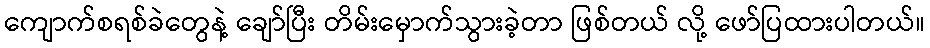
ကျောက်စရစ်ခဲတွေနဲ့ ချော်ပြီး တိမ်းမှောက်သွားခဲ့တာ ဖြစ်တယ် လို့ ဖော်ပြထားပါတယ်။